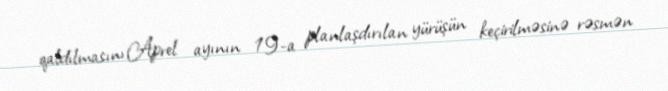
qaldılmasını,Aprel ayının 19-a planlaşdırılan yürüşün keçirilməsinə rəsmən